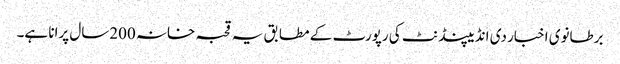
برطانوی اخبار دی انڈیپنڈنٹ کی رپورٹ کے مطابق یہ قحبہ خانہ 200سال پرانا ہے۔